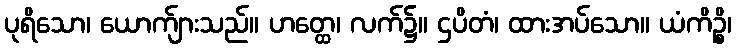
ပုရိသော၊ ယောက်ျားသည်။ ဟတ္ထေ၊ လက်၌။ ဌပိတံ၊ ထားအပ်သော။ ယံကိဉ္စိ၊